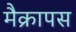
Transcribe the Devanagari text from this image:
मैक्रापस